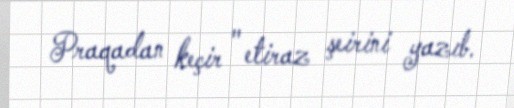
Praqadan keçir " etiraz şeirini yazıb.